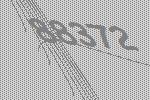
88372